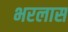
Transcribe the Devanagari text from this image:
भरलास